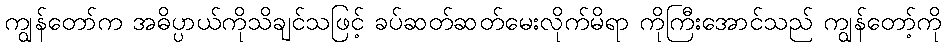
ကျွန်တော်က အဓိပ္ပာယ်ကိုသိချင်သဖြင့် ခပ်ဆတ်ဆတ်မေးလိုက်မိရာ ကိုကြီးအောင်သည် ကျွန်တော့်ကို